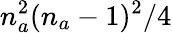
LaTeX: n_{a}^{2}(n_{a}-1)^{2}/4